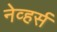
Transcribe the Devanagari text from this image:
नेव्हर्स